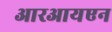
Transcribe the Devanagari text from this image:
आरआयएन